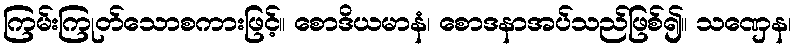
ကြမ်းကြုတ်သောစကားဖြင့်။ စောဒိယမာနံ၊ စောဒနာအပ်သည်ဖြစ်၍။ သဏှေန၊